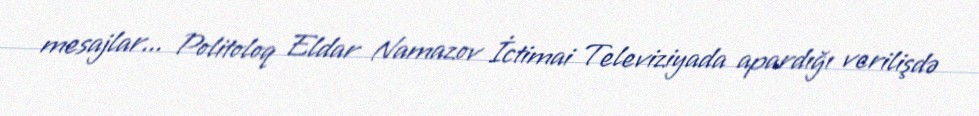
mesajlar... Politoloq Eldar Namazov İctimai Televiziyada apardığı verilişdə